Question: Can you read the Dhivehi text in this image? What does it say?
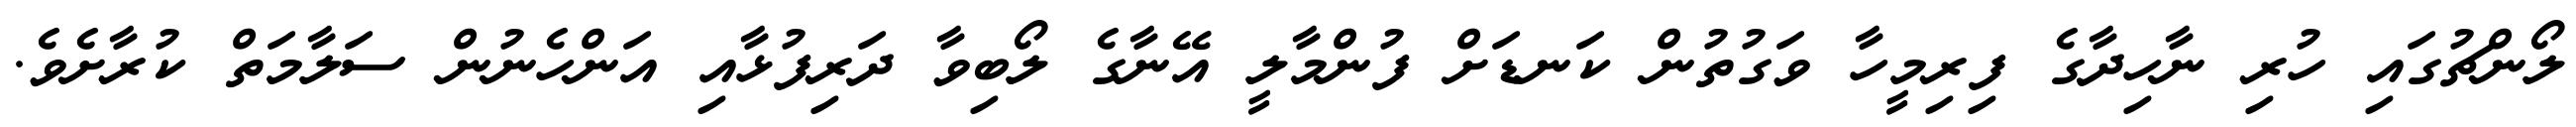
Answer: ލޯންޗުގައި ހުރި ނާހިދާގެ ފިރިމީހާ ވަގުތުން ކަނޑަށް ފުންމާލީ އޭނާގެ ލޯބިވާ ދަރިފުޅާއި އަންހެނުން ސަލާމަތް ކުރާށެވެ.